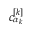
c _ { \alpha _ { k } } ^ { [ k ] }